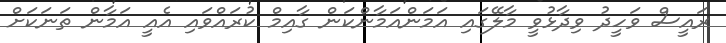
ރައީސް ވަހީދު ވިދާޅުވީ މާލޭގައި އަމަންއަމާންކަން ގާއިމް ކުރައްވައި އެއީ އަމާން ތަނަކަށް